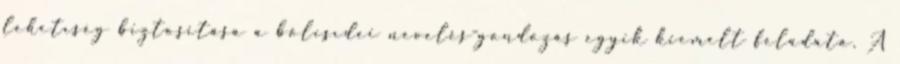
lehetıség biztosítása a bölcsıdei nevelés-gondozás egyik kiemelt feladata. A